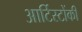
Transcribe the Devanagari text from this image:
आर्टिस्टोंकी